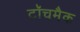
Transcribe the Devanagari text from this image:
टॉचमैक